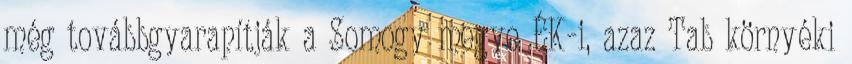
még továbbgyarapítják a Somogy megye ÉK-i, azaz Tab környéki